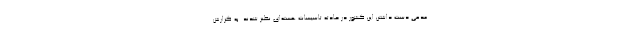
مدعی دست داشتن این کشور در حادثه تاسیسات هسته‌ای نطنز شدند. به گزارش